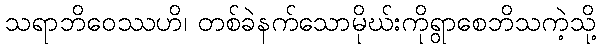
သရာဘိဝေဿဟိ၊ တစ်ခဲနက်သောမိုဃ်းကိုရွာစေဘိသကဲ့သို့